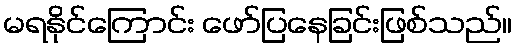
မရနိုင်ကြောင်း ဖော်ပြနေခြင်းဖြစ်သည်။